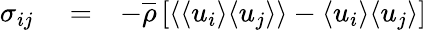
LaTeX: \begin{array}{rlr}{\sigma_{ij}}&{{}=}&{-\overline{{\rho}}\left[\langle{\langle u_{i}\rangle\langle u_{j}\rangle}\rangle-\langle u_{i}\rangle\langle u_{j}\rangle\right]}\end{array}